Annual report of the Madras Medical College
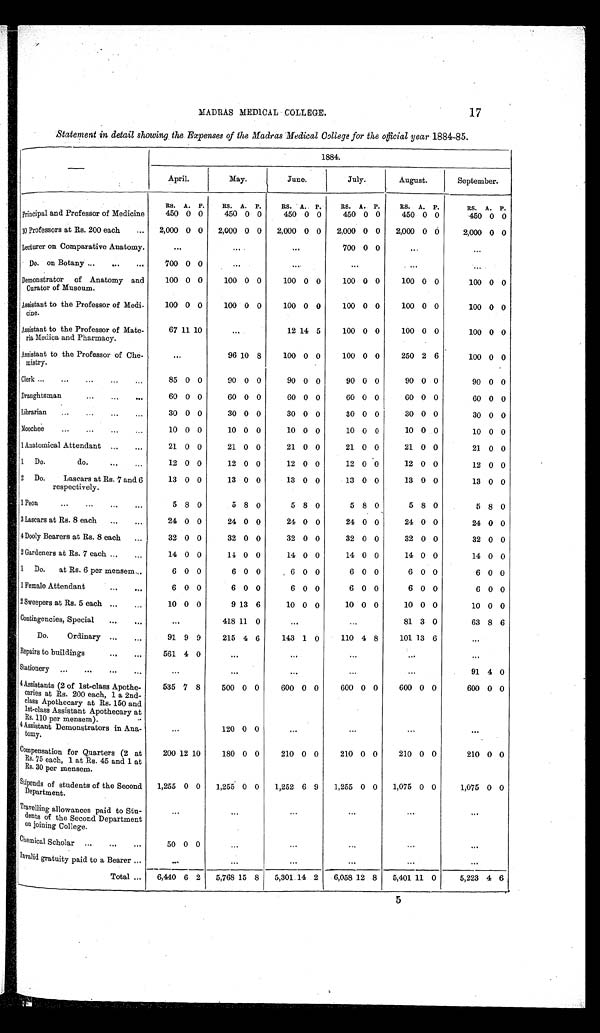
17
MADRAS MEDICAL COLLEGE.
Statement in detail showing the. Expenses of the Madras Medical College for the official year 1884-85.
1884.
April.
May.
June.
July.
August.
September.
RS. A. P.
RS. A. P.
RS. A.
P.
RS. A. P.
RS. A. P.
RS. A. P.
Principal and Professor of Medicine
450 0 0
450 0 0
450 0 0
450 0 0
450 0 0
450 0 0
10 Professors at Rs. 200 each
...
2,000 0 0
2,000 0 0
2,000 0 0
2,000 0 0
2,000 0 0
2,000 0 0
Lecturer on Comparative Anatomy.
...
. . .
. . .
700 0 0
...
. . .
Do. on Botany ...
...
...
700 0 0
. . .
. . .
...
...
. . .
Demonstrator of Anatomy and
Curator of Museum.
100 0 0
100 0 0
100 0 0
100 0 0
100 0 0
100 0 0
Assistant to the Professor of Medi-
c i n e .
100 0 0
100 0 0
100 0 0
100 0 0
100 0 0
100 0 0
Assistant to the Professor of Mate-
ria Medica and Pharmacy.
67 11 10
...
12 14 5
100 0 0
100 0 0
100 0 0
Assistant to the Professor of Che-
mistry.
...
96 10 8
100 0 0
100 0 0
250 2 6
100 0 0
Clerk ...
. . .
. . . ...
. . .
85 0 0
90 0 0
90 0 0
90 0 0
90 0 0
90 0 0
Draughtsman
...
...
. . .
60 0 0
60 0 0
60 0 0
60 0 0
60 0 0
60 0 0
Librarian
. . .
...
...
. . .
30 0 0
30 0 0
30 0 0
30 0 0
30 0 0
30 0 0
Moochee
...
...
. . .
...
10 0 0
10 0 0
10 0 0
10 0 0
10 0 0
10 0 0
l Anatomical Attendant ...
...
21 0 0
21 0 0
21 0 0
21 0 0
21 0 0
21 0 0
1 Do. do
...
...
1 2 0 0
12 0 0
12 0 0
12 0 0
12 0 0
12 0 0
2
Do.
Lascars at Rs. 7 and 6
respectively.
13 0 0
13 0 0
13 0 0
13 0 0
13 0 0
13 0 0
1 Peon
...
...
...
. . .
5 8 0
5 8 0
5 8 0
5 8 0
5 8 0
5 8 0
3 Lascars at Rs. 8 each
...
...
24 0 0
24 0 0
24 0 0
24 0 0
24 0 0
24 0 0
4 Dooly Bearers at Rs. 8 each
...
32 0 0
32 0 0
32 0 0
32 0 0
32 0 0
32 0 0
2 Gardeners at Rs. 7 each ...
...
14 0 0
14 0 0
14 0 0
14 0 0
14 0 0
14 0 0
1 Do.
at Rs. 6 per mensem ...
6 0 0
6 0 0
6 0 0
6 0 0
6 0 0
6 0 0
1 Female Attendant
. . .
. . .
6 0 0
6 0 0
6 0 0
6 0 0
6 0 0
6 0 0
2 Sweepers at Rs. 5 each ...
...
10 0 0
9 13 6
10 0 0
10 0 0
10 0 0
10 0 0
Contingencies, Special
...
...
...
418 11 0
...
81 3 0
63 8 6
Do.
Ordinary ...
...
91 9 9
215 4 6
143 1 0
110 4 8
101 13 6
...
Repairs to buildings
...
...
561 4 0
...
...
. . .
...
. . .
Stationery
. . .
. . .
. . .
. . .
...
...
. . .
. . .
...
91 4 0
4 Assistants (2 of 1st-class Apothe-
caries at Rs. 200 each, 1 a 2nd-
class Apothecary at Rs. 150 and
lst-class Assistant Apothecary at
Rs. 110 per mensem).
535 7 8
500 0 0
600 0 0
600 0 0
600 0 0
600 0 0
4 Assistant Demonstrators in Ana-
t o m y .
...
120 0 0
...
. . .
...
. . .
Compensation for Quarters (2 at
Rs. 75 each, 1 at Rs. 45 and 1 at
Rs. 30 per mensem.
200 12 10
180 0 0
210 0 0
210 0 0
210 0 0
210 0 0
Stipends of students of the Second
Department.
1,255 0 0
1,255 0 0
1,252 6 9
1,255 0 0
1,075 0 0
1,075 0 0
Travelling allowances paid to Stu-
dents of the Second Department
on joining College.
. . .
...
...
...
. . .
. . .
C hemical Scholar
. . .
. . .
. . .
50 0 0
...
...
. . .
...
. . .
Invalid gratuity paid to a Bearer ...
. . .
...
...
...
...
...
Total ...
6,440 6 2
5,768 15 8
5,301 14 2
6,058 12 8
5,401 11 0
5,223 4 6
5